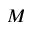
M